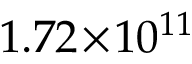
1 . 7 2 \! \times \! 1 0 ^ { 1 1 }